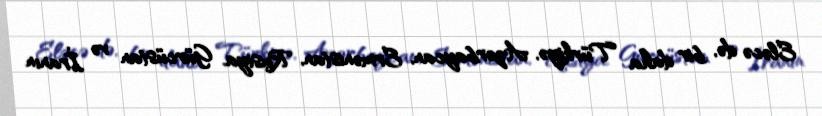
Eləcə də, bir daha Türkiyə, Azərbaycan, Ermənistan, Rusiya, Gürcüstan və İranın